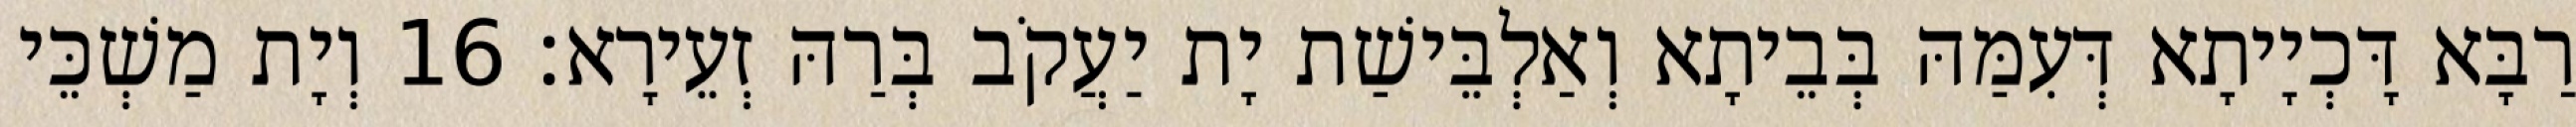
רַבָּא דָּכְיָיתָא דְּעִמַּהּ בְּבֵיתָא וְאַלְבֵּישַׁת יָת יַעֲקֹב בְּרַהּ זְעֵירָא׃ 16 וְיָת מַשְׁכֵּי